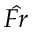
\hat { F r }